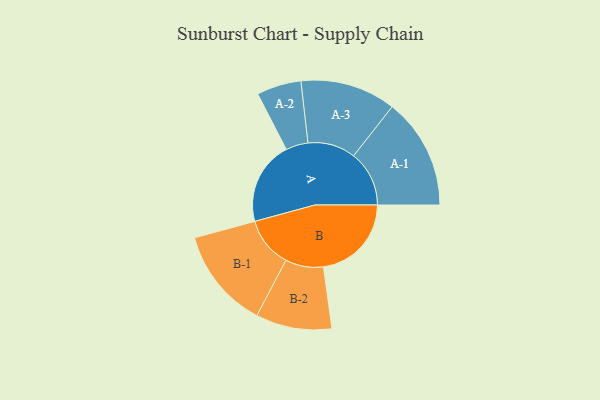
{"axis": {"x": "Segment", "y": "Value"}, "legend": ["", "A", "B"], "data": [{"x": "A", "y": 386, "type": ""}, {"x": "B", "y": 407, "type": ""}, {"x": "A-1", "y": 257, "type": "A"}, {"x": "A-2", "y": 103, "type": "A"}, {"x": "A-3", "y": 221, "type": "A"}, {"x": "B-1", "y": 233, "type": "B"}, {"x": "B-2", "y": 176, "type": "B"}]}